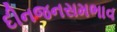
દીનજનસમભાવ